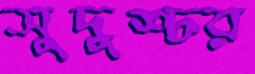
সুদুশ্চর